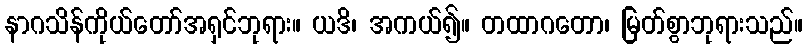
နာဂသိန်ကိုယ်တော်အရှင်ဘုရား။ ယဒိ၊ အကယ်၍။ တထာဂတော၊ မြတ်စွာဘုရားသည်။